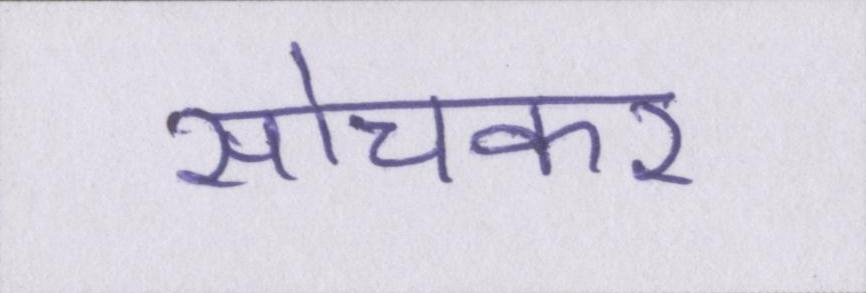
सोचकर